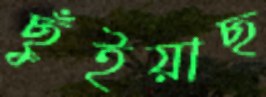
ছুঁইয়াছ